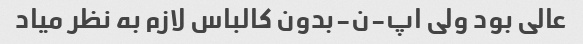
عالی بود ولی اپ-ن-بدون کالباس لازم به نظر میاد